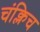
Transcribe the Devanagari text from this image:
चंक्लिच